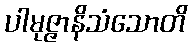
ပါမုဇ္ဇာနိသံသောတိ